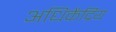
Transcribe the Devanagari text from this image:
अधिकेंद्रिय